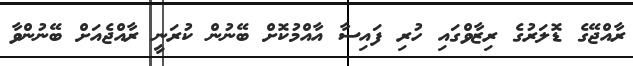
ރާއްޖޭގެ ޑޮލަރުގެ ރިޒާވްގައި ހުރި ފައިސާ އާއްމުކޮށް ބޭނުން ކުރަނީ ރާއްޖެއަށް ބޭނުންވާ